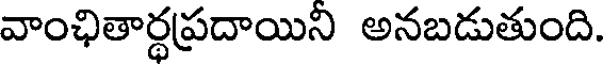
వాంఛితార్థప్రదాయిని అనబడుతుంది.